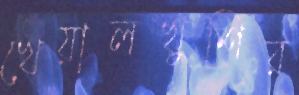
খেয়ালখুশির